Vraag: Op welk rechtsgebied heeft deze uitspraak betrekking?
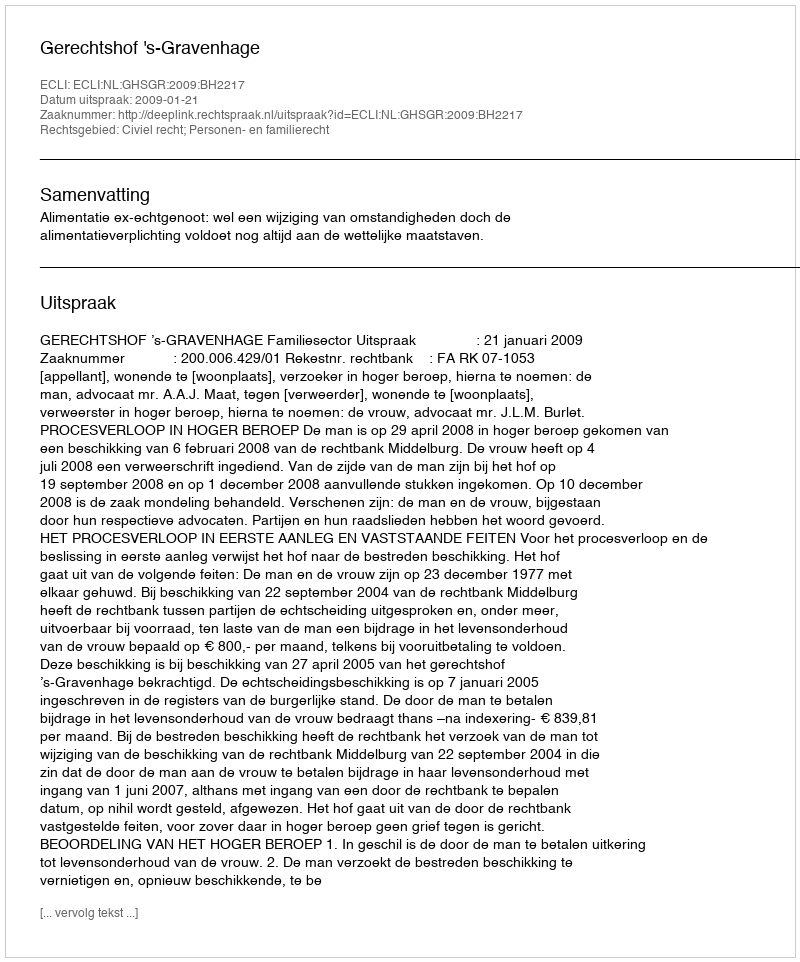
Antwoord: Civiel recht; Personen- en familierecht